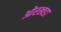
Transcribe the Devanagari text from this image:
ओरखडा